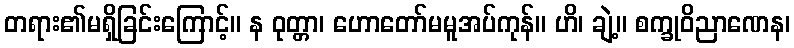
တရား၏မရှိခြင်းကြောင့်။ န ဝုတ္တာ၊ ဟောတော်မမူအပ်ကုန်။ ဟိ၊ ချဲ့။ စက္ခုဝိညာဏေန၊